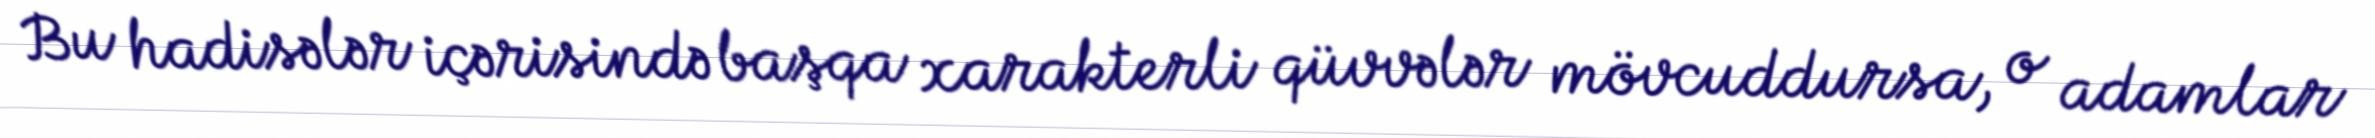
Bu hadisələr içərisində başqa xarakterli qüvvələr mövcuddursa, o adamlar